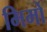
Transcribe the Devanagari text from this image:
मिमो